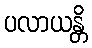
ပလာယန္တိ